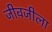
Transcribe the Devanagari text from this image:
जीवजीला